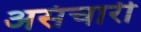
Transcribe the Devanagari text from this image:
असंचारी